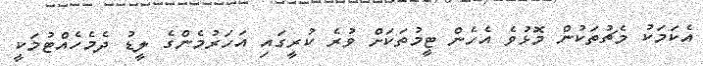
އެކަމަކު މެޗުތަކުން މޮޅުވެ އެހެން ޓީމުތަކަށް ވުރެ ކުރީގައި އަހަރުމެންގެ ލީޑު ދެމެހެއްޓުމަކީ